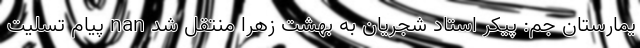
یمارستان جم: پیکر استاد شجریان به بهشت زهرا منتقل شد nan پیام تسلیت